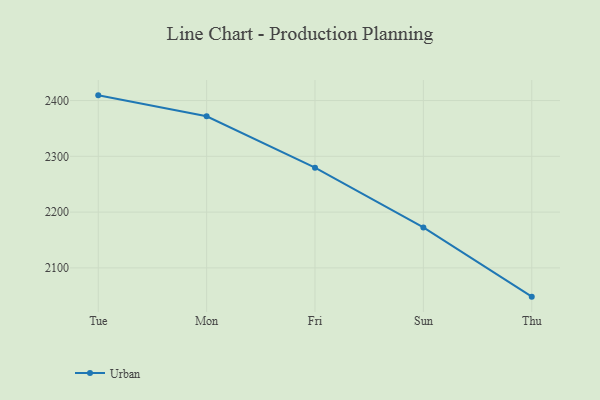
{"axis": {"x": "Day", "y": "Bounce Rate (%)"}, "legend": ["Urban"], "data": [{"x": "Tue", "y": 2409.3, "type": "Urban"}, {"x": "Mon", "y": 2371.7, "type": "Urban"}, {"x": "Fri", "y": 2279.7, "type": "Urban"}, {"x": "Sun", "y": 2172.5, "type": "Urban"}, {"x": "Thu", "y": 2048.4, "type": "Urban"}]}